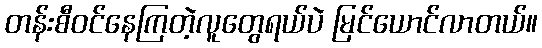
တန်းစီဝင်နေကြတဲ့လူတွေရယ်ပဲ မြင်ယောင်လာတယ်။